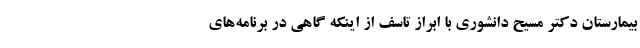
بیمارستان دکتر مسیح دانشوری با ابراز تاسف از اینکه گاهی در برنامه‌های